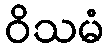
ဝိသမံ